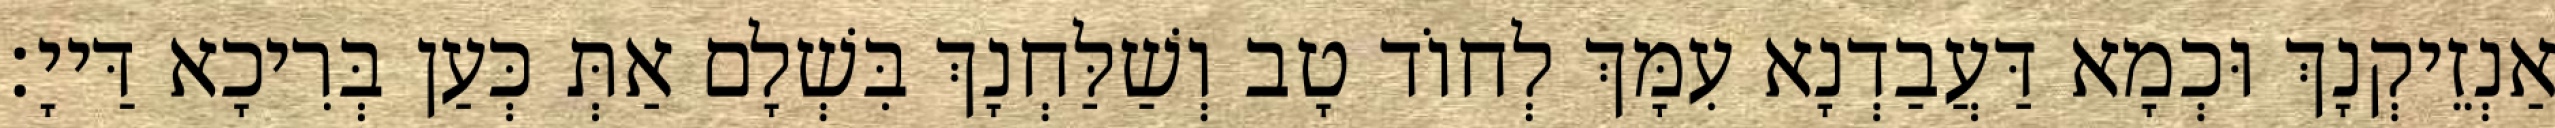
אַנְזֵיקְנָךְ וּכְמָא דַּעֲבַדְנָא עִמָּךְ לְחוֹד טָב וְשַׁלַּחְנָךְ בִּשְׁלָם אַתְּ כְּעַן בְּרִיכָא דַּייָ׃